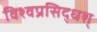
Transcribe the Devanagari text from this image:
विश्वप्रसिद्धश्